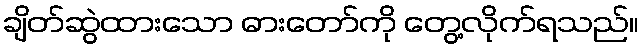
ချိတ်ဆွဲထားသော ဓားတော်ကို တွေ့လိုက်ရသည်။